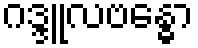
ဂဒ္ဒူလဗန္ဓော